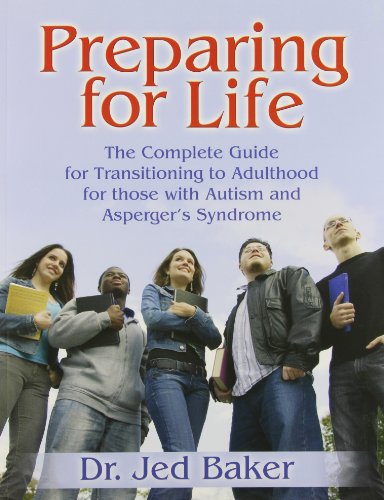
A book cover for Preparing for Life: The Complete Guide for Transitioning to Adulthood for Those with Autism and Asperger's Syndrome; Jed Baker; Parenting & Relationships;